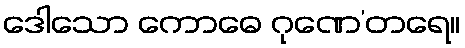
ဒေါသော ကောဓေ ဂုဏေ’တရေ။